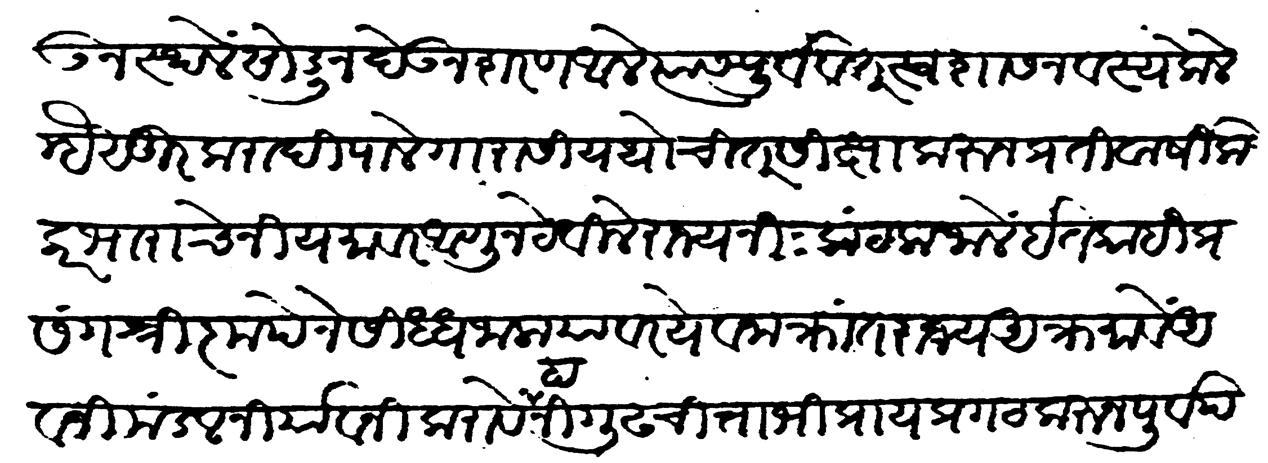
Transliteration (Devanagari): होऊन स्थले सोडून देऊन शरण आले त्यास पूर्ववत स्वशासन वस्य केले म्हैसूरकरादि पालेगारांसी यथोचित शिक्षा करुन प्रति वार्षिक कारभाराचे नियमावर आणून ठेविलें राज्य नि:कंटक जालें इतकाहि प्रसंग श्रीकृपेने सिद्ध जाला यावर यवनाक्रांत राज्य आक्रमावें अवनी मंडल निर्यावनी करावें हा निगूढ चित्ताभिप्राय प्रगट करुन पूर्व पश्चिम